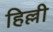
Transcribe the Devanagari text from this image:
हिल्ली